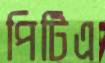
পিটিএ